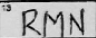
Transcription: RMN